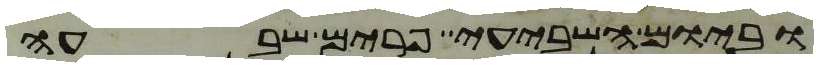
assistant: וביום השביעי פרים שבעה